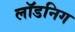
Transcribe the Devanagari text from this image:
लॉडनिग